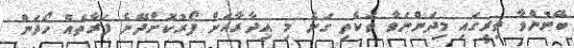
ބޭނުންވާ ތިރީގައި މިދަންނަވާ ތަކެތި ގަނެ މި އިދާރާއަށް ފޯރުކޮށްދޭނެ ފަރާތެއް ހޯދަން